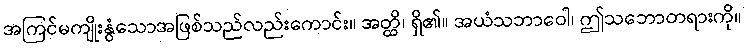
အကြင်မကျိုးနွံသောအဖြစ်သည်လည်းကောင်း။ အတ္ထိ၊ ရှိ၏။ အယံသဘာဝေါ၊ ဤသဘောတရားကို။